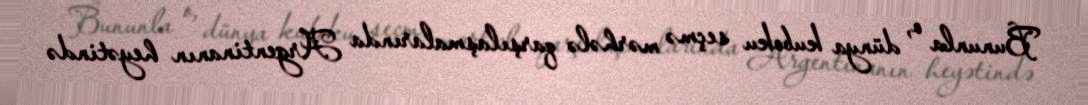
Bununla o, dünya kuboku seçmə mərhələ qarşılaşmalarında Argentinanın heyətində